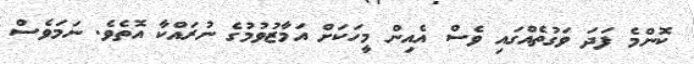
ކޮންމެ ފަދަ ވަގުތެއްގައި ވެސް އެއިން މީހަކަށް އަމާޒުވުމުގެ ނުރައްކާ އޮތެވެ. ނަމަވެސް